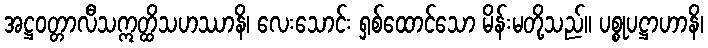
အဋ္ဌဝတ္တာလီသဣတ္ထိသဟဿာနိ၊ လေးသောင်း ရှစ်ထောင်သော မိန်းမတို့သည်။ ပစ္စုပဋ္ဌာဟာနိ၊